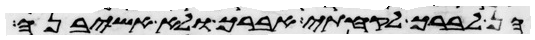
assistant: הן לברך לקחתי אברך ולא אשיבנה